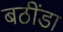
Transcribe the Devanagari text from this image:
बठींडा